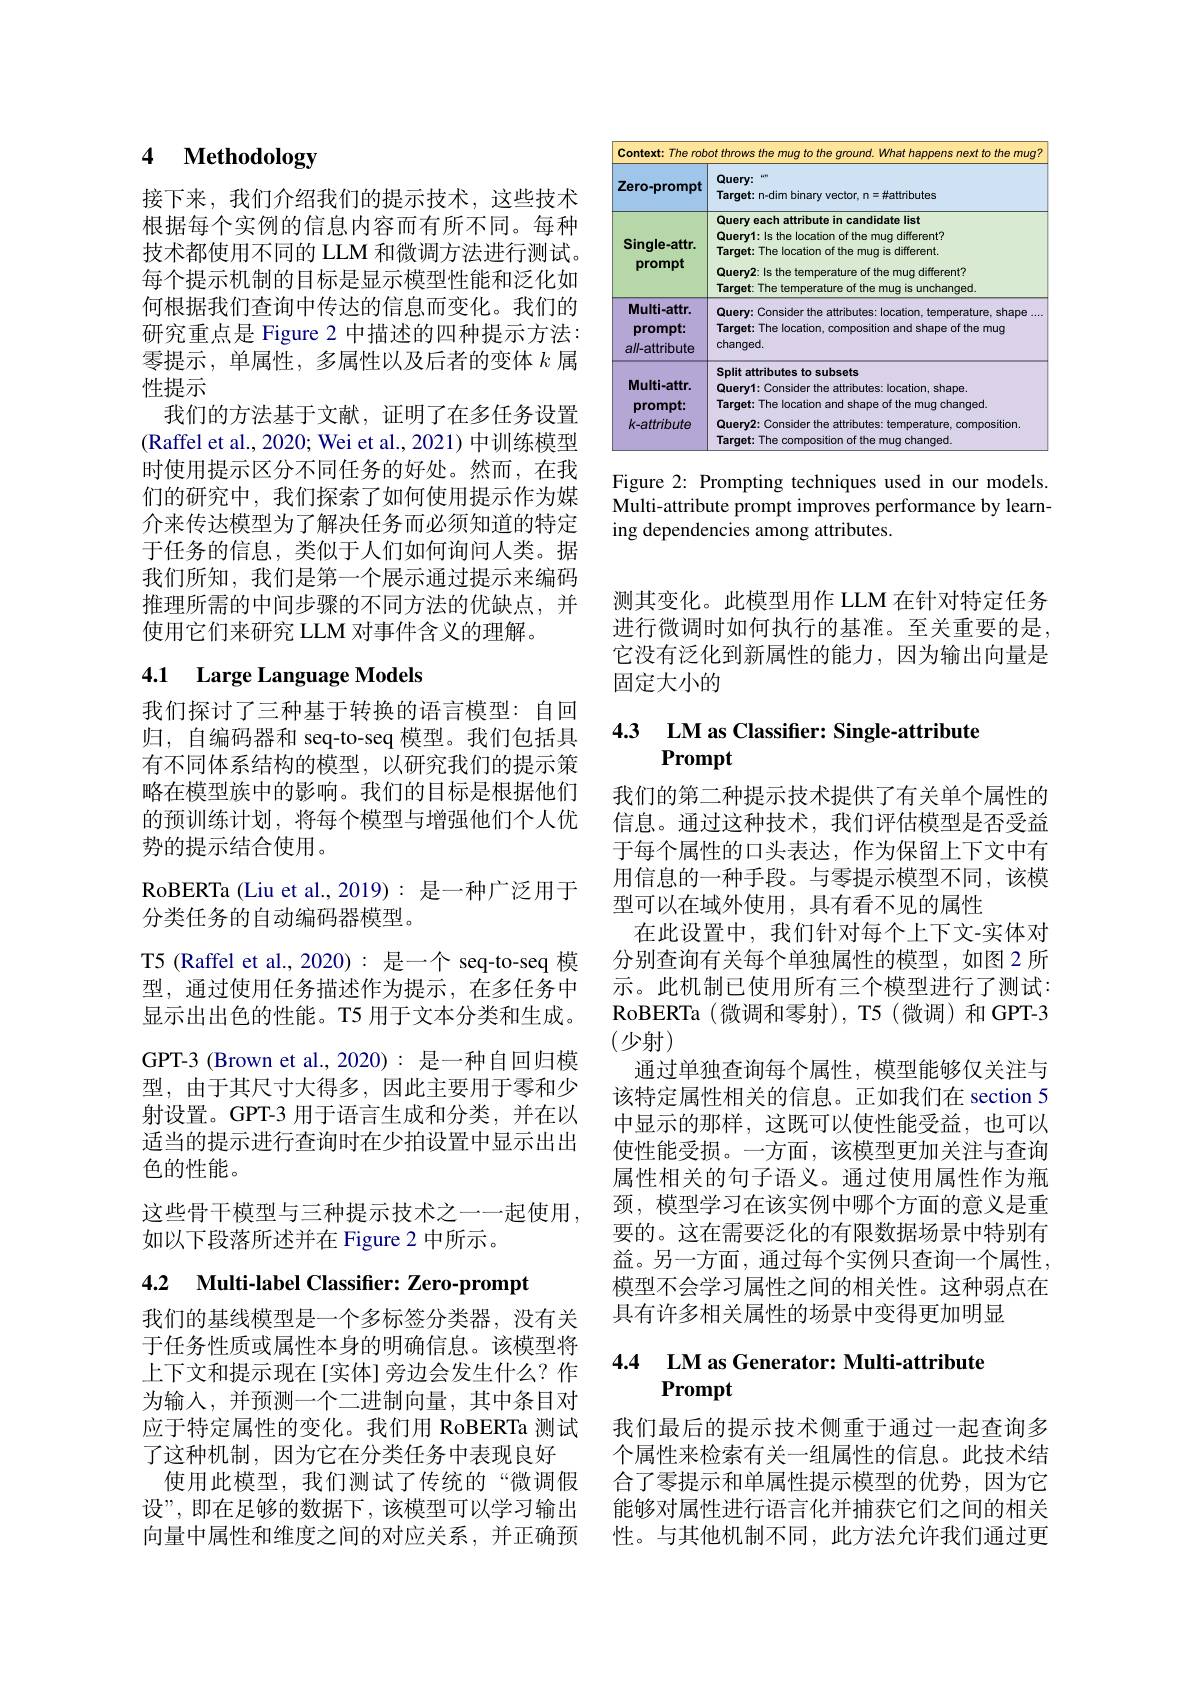
# 4 Methodology

接下来，我们介绍我们的提示技术，这些技术根据每个实例的信息内容而有所不同。每种技术都使用不同的 LLM 和微调方法进行测试。每个提示机制的目标是显示模型性能和泛化如何根据我们查询中传达的信息而变化。我们的研究重点是 Figure 2 中描述的四种提示方法： 零提示，单属性，多属性以及后者的变体$k$属性提示
我们的方法基于文献，证明了在多任务设置(Raffel et al., 2020; Wei et al., 2021) 中训练模型时使用提示区分不同任务的好处。然而，在我们的研究中，我们探索了如何使用提示作为媒介来传达模型为了解决任务而必须知道的特定于任务的信息，类似于人们如何询问人类。据我们所知，我们是第一个展示通过提示来编码推理所需的中间步骤的不同方法的优缺点，并使用它们来研究 LLM 对事件含义的理解。

# 4.1 Large Language Models

我们探讨了三种基于转换的语言模型：自回归，自编码器和 seq-to-seq 模型。我们包括具有不同体系结构的模型，以研究我们的提示策略在模型族中的影响。我们的目标是根据他们的预训练计划，将每个模型与增强他们个人优势的提示结合使用。
RoBERTa (Liu et al., 2019): 是一种广泛用于
分类任务的自动编码器模型。
T5 (Raffel et al.,2020): 是一个 seq-to-seq 模型，通过使用任务描述作为提示，在多任务中显示出出色的性能。T5 用于文本分类和生成。GPT-3 (Brown et al.,2020): 是一种自回归模型，由于其尺寸大得多，因此主要用于零和少射设置。GPT-3 用于语言生成和分类，并在以适当的提示进行查询时在少拍设置中显示出出色的性能。
这些骨干模型与三种提示技术之一一起使用，
如以下段落所述并在 Figure 2 中所示。

4.2 Multi-label Classifier: Zero-prompt

我们的基线模型是一个多标签分类器，没有关于任务性质或属性本身的明确信息。该模型将上下文和提示现在[实体] 旁边会发生什么？作为输入，并预测一个二进制向量，其中条目对应于特定属性的变化。我们用 RoBERTa 测试了这种机制，因为它在分类任务中表现良好
使用此模型，我们测试了传统的“微调假设”,即在足够的数据下，该模型可以学习输出向量中属性和维度之间的对应关系，并正确预

<table>
	<tbody>
		<tr>
			<th>Context: Therob T</th>
			<th>at thrn to the mug?</th>
		</tr>
		<tr>
			<th>Context:Therob Zero-prompt</th>
			<th>ot throws the mug to the ground. What happens next to the mug? $Query:$ $wm$ Target: n-dim binary vector, n=#attributes</th>
		</tr>
		<tr>
			<th>Single-attr. prompt</th>
			<th>Query each attribute in candidate list Query1: Is the location of the mug different? Target: The location of the mug is different. Query2: Is the temperature of the mug different? Target: The temperature of the muo is unchanged</th>
		</tr>
		<tr>
			<td>Multi-attr. prompt: all-attrihute</td>
			<td>Query: Consider the attributes: location, temperature, shape ... Target: The location, composition and shape of the mug changed.</td>
		</tr>
		<tr>
			<td>Multi-attr. prompt: k-attribute</td>
			<td>Split attributes to subsets Query1: Consider the attributes: location, shape. Target: The location and shape of the mug changed Query2: Consider the attributes: temperature, composition. Target: The composition of the muq chanqed</td>
		</tr>
	</tbody>
</table>

Figure 2: Prompting techniques used in our models. Multi-attribute prompt improves performance by learning dependencies among attributes.

测其变化。此模型用作 LLM 在针对特定任务进行微调时如何执行的基准。至关重要的是它没有泛化到新属性的能力，因为输出向量是固定大小的

## 4.3 LM as Classifier: Single- attribute Prompt

我们的第二种提示技术提供了有关单个属性的信息。通过这种技术，我们评估模型是否受益于每个属性的口头表达，作为保留上下文中有用信息的一种手段。与零提示模型不同，该模型可以在域外使用，具有看不见的属性
在此设置中，我们针对每个上下文-实体对分别查询有关每个单独属性的模型，如图 2 所示。此机制已使用所有三个模型进行了测试： RoBERTa (微调和零射),T5(微调)和GPT-3 (少射)
通过单独查询每个属性，模型能够仅关注与该特定属性相关的信息。正如我们在 section 5中显示的那样，这既可以使性能受益，也可以使性能受损。一方面，该模型更加关注与查询属性相关的句子语义。通过使用属性作为瓶颈，模型学习在该实例中哪个方面的意义是重要的。这在需要泛化的有限数据场景中特别有益。另一方面，通过每个实例只查询一个属性， 模型不会学习属性之间的相关性。这种弱点在具有许多相关属性的场景中变得更加明显

## 4.4 LM as Generator: Multi-attribute Prompt

我们最后的提示技术侧重于通过一起查询多个属性来检索有关一组属性的信息。此技术结合了零提示和单属性提示模型的优势，因为它能够对属性进行语言化并捕获它们之间的相关性。与其他机制不同，此方法允许我们通过更